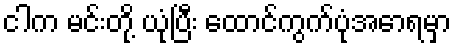
ငါက မင်းတို့ ယုံပြီး ထောင်ကွက်ပုံအောရမှာ